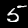
Label: 5